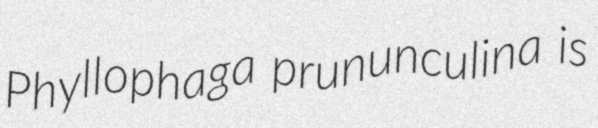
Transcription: Phyllophaga prununculina is